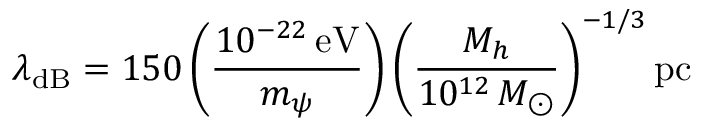
\lambda _ { \mathrm { d B } } = 1 5 0 \left( \frac { 1 0 ^ { - 2 2 } \mathrm { \, e V } } { m _ { \psi } } \right) \left( \frac { M _ { h } } { 1 0 ^ { 1 2 } \, M _ { \odot } } \right) ^ { - 1 / 3 } \mathrm { p c }